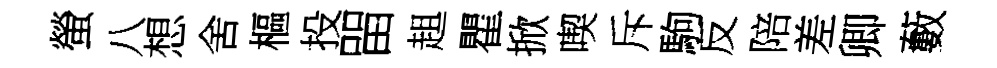
螢八想舍樞投㽞趄瞿掀喫斥駒反陪差卿藪